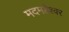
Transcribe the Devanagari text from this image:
मदमहेश्वर